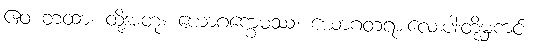
ဧဝံ တထာ၊ ထို့အတူ။ ယောဂက္ခေမဿ၊ ယောဂတရားလေးပါးတို့မှကင်း